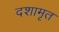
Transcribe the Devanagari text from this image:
दशामृत